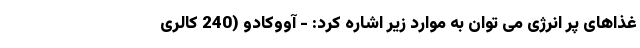
غذاهای پر انرژی می توان به موارد زیر اشاره کرد: - آووکادو (240 کالری